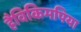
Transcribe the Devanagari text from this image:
हैविकिमपिया